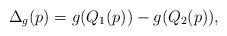
LaTeX: \begin{align*}\Delta_{g}(p) = g(Q_1(p)) - g(Q_2(p)),\end{align*}